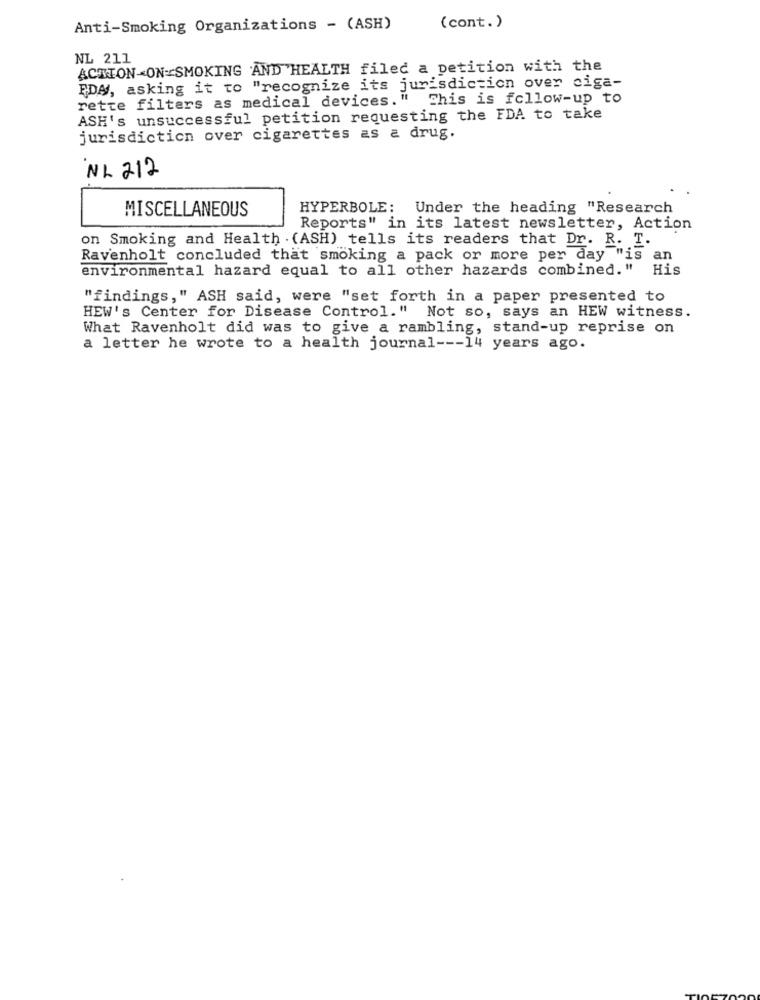
Anti-Smoking Organizations - (ASH)
(cont.)
NL 211
ACTION-ON SMOKING AND HEALTH filed a petition with the
FDA, asking it to "recognize its jurisdiction over ciga-
rette filters as medical devices." This is follow-up to
ASH's unsuccessful petition requesting the FDA to take
jurisdiction over cigarettes as a drug.
NL 212
MISCELLANEOUS
HYPERBOLE: Under the heading "Research
Reports" in its latest newsletter, Action
on Smoking and Health . (ASH) tells its readers that Dr. R. I.
Ravenholt concluded that smoking a pack or more per day "is
an
environmental hazard equal to all other hazards combined. "
His
"findings," ASH said, were "set forth in a paper presented to
HEW's Center for Disease Control." Not so, says an HEW witness.
What Ravenholt did was to give a rambling, stand-up reprise on
a letter he wrote to a health journal --- 14 years ago.